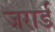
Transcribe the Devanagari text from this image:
जरार्ड